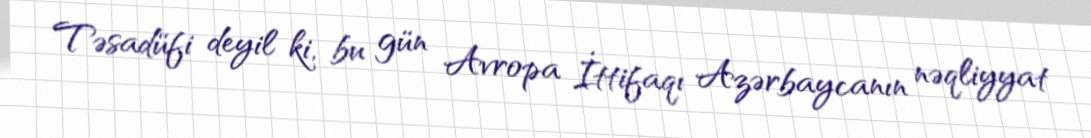
Təsadüfi deyil ki, bu gün Avropa İttifaqı Azərbaycanın nəqliyyat